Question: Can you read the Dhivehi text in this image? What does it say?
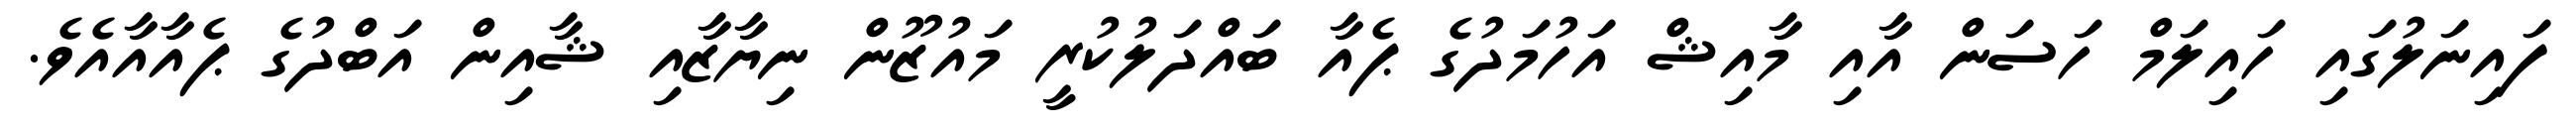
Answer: ފައިނަލުގައި ހައިލަމް ހަސަން އާއި މާއިޝް އަހުމަދުގެ ޕެއާ ބައްދަލުކުރީ މައުޒޫން ނިޔާޒާއި ޝާއިން އަބްދުގެ ޕެއާއާއެވެ.